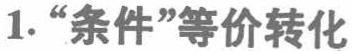
1.“条件”等价转化